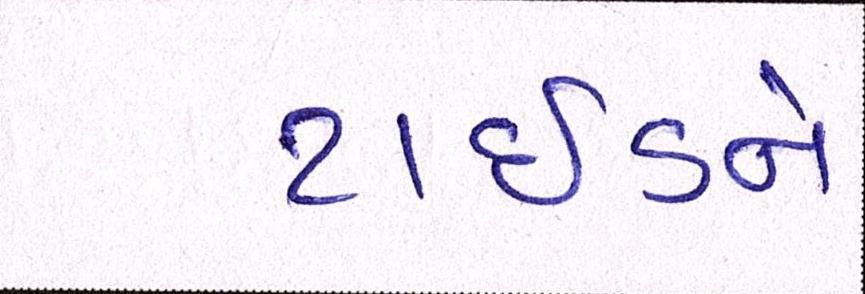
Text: ટાઈડને